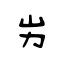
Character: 屴